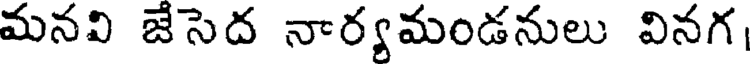
మనవి జేసెద నార్యమండనులు వినగ